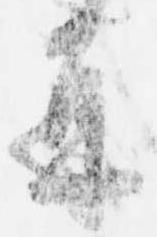
并